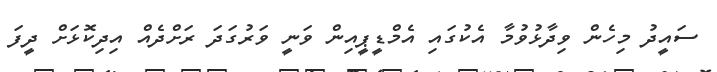
ސައީދު މިހެން ވިދާޅުވުމާ އެކުގައި އެމްޑީޕީއިން ވަނީ ވަރުގަދަ ރަށްދެއް އިދިކޮޅަށް ދީފަ